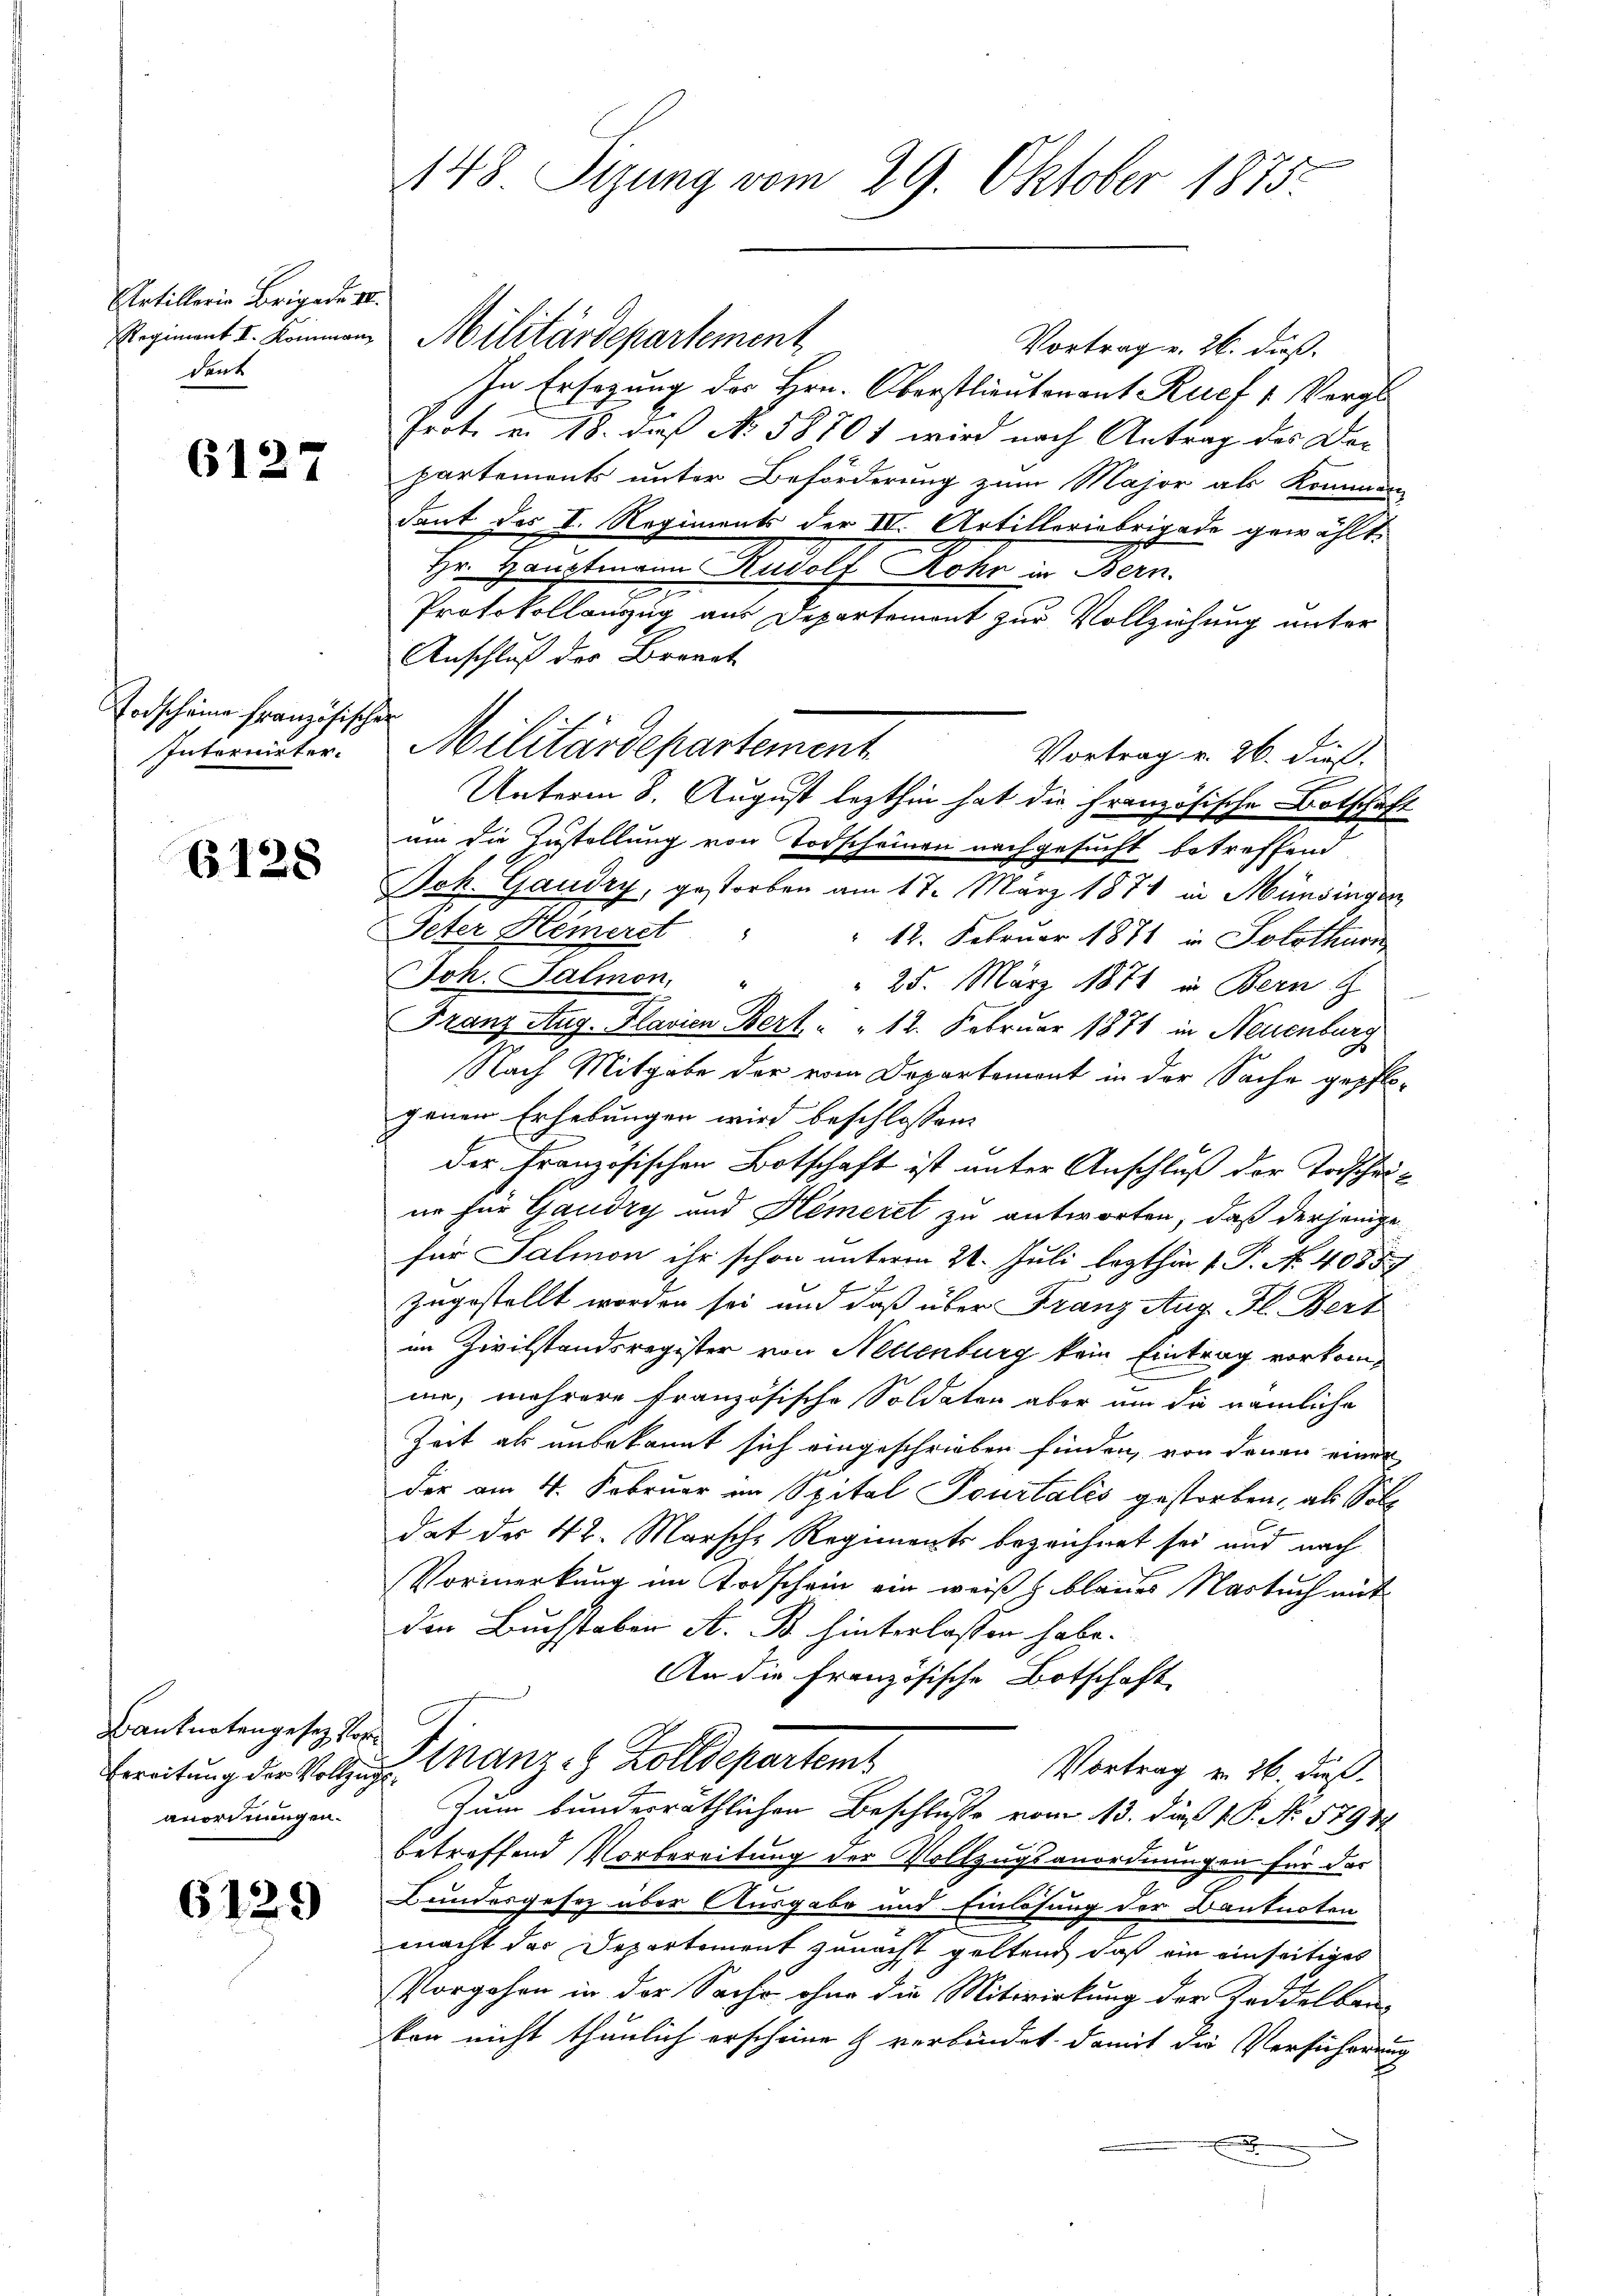
Artillerie Brigade II.
dank

6127

Erdscheine Französisch
Internirter¬

6128

Banknotengesez Pos
anordnungen.

6129

148. Siung vom 29. Oktober 1875.

Regiment I. Kommen Militärdepartement

Vortrag v. 26. dieß.
In Ersezung des Hrn. Oberstlieutenant Ruef 1. Vergl
Prote u. 18. daß No. 58701 wird nach Antrag des Dec
partements unter Beförderung zum Major als Kommen
dant des I. Regiments der II. Artilleriebrigade gewählt.
Hr. Hauptmann Rudolf Mohr in Bern
7
Protokollanzzug aus Departemont zur Vollziehung unter
Anschluß des Brennt
f
Militärdepartement
Vortrag v. 26. dieß.
Unterm 8. August lezthin hat die Französische Botschaft
um die Zustellung von Todscheinen nachgesucht betreffend
Jok. Gaudry, gestorben am 17. März 1874 in Münsinger
Peter Hemerst
 12. Februar 1871 in Solothurn
Joh. Salmon,
 25. März 1874 in Bern
Franz Aug. Plavien Bert, " " 12. Februar 1871 in Neuenburg
Nach Mitgabe der vom Departemont in der Sache gepfl.
genen Erhebungen wird beschlossen:
der Französischen Botschaft ist unter Anschluß der Todscheine für Gauozy und Hemeret zu antworten, daß derjenige
für Salmon ihr schon unterm 24. Juli lezthin 1. P. N. 40889
zugestellt worden sei und daß über Franz Aug Fl. Bert
im Zivilstandsregister von Nettenburg kein Eintrag vorkomme, mehrere Französische Soldaten aber um die nämliche
Zeit als unbekannt sich eingeschrieben finden, von denen einer
der am 4. Februar an Spital Fourtalis gestorben, als Soll
dat der 42. Marsche Regiments bezeichnet sei und nach
Vormerkung im Todschein ein weiß blaues Nastuch mit
den Buchstaber A. B. hinterlassen habe.
An die Französische Botschaft
Erreitung der Vollzug Manz - Zolldepartemt
Vortrag v. 26. dieß.
zum bundesräthlichen Beschluße vom 13. dieß P. No. 57949
betreffend Vorbereitung der Vollzugsanordnungen für das
Bundesgesez über Ausgabe und Einlösung der Banknoten
macht der Departement zunacht geltend, daß ein einseitiges
Vorgehen in der Sache ohne die Mitwirkung der Zeddelbau-
bon nicht thunlich erscheine & verbindet damit die Versicherung
E